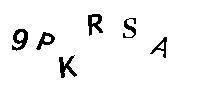
9PKRSA